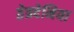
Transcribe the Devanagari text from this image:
तेत्रदेनिया